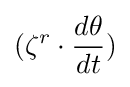
({\zeta }^{r}\cdot {\frac {d{\theta }}{dt}})